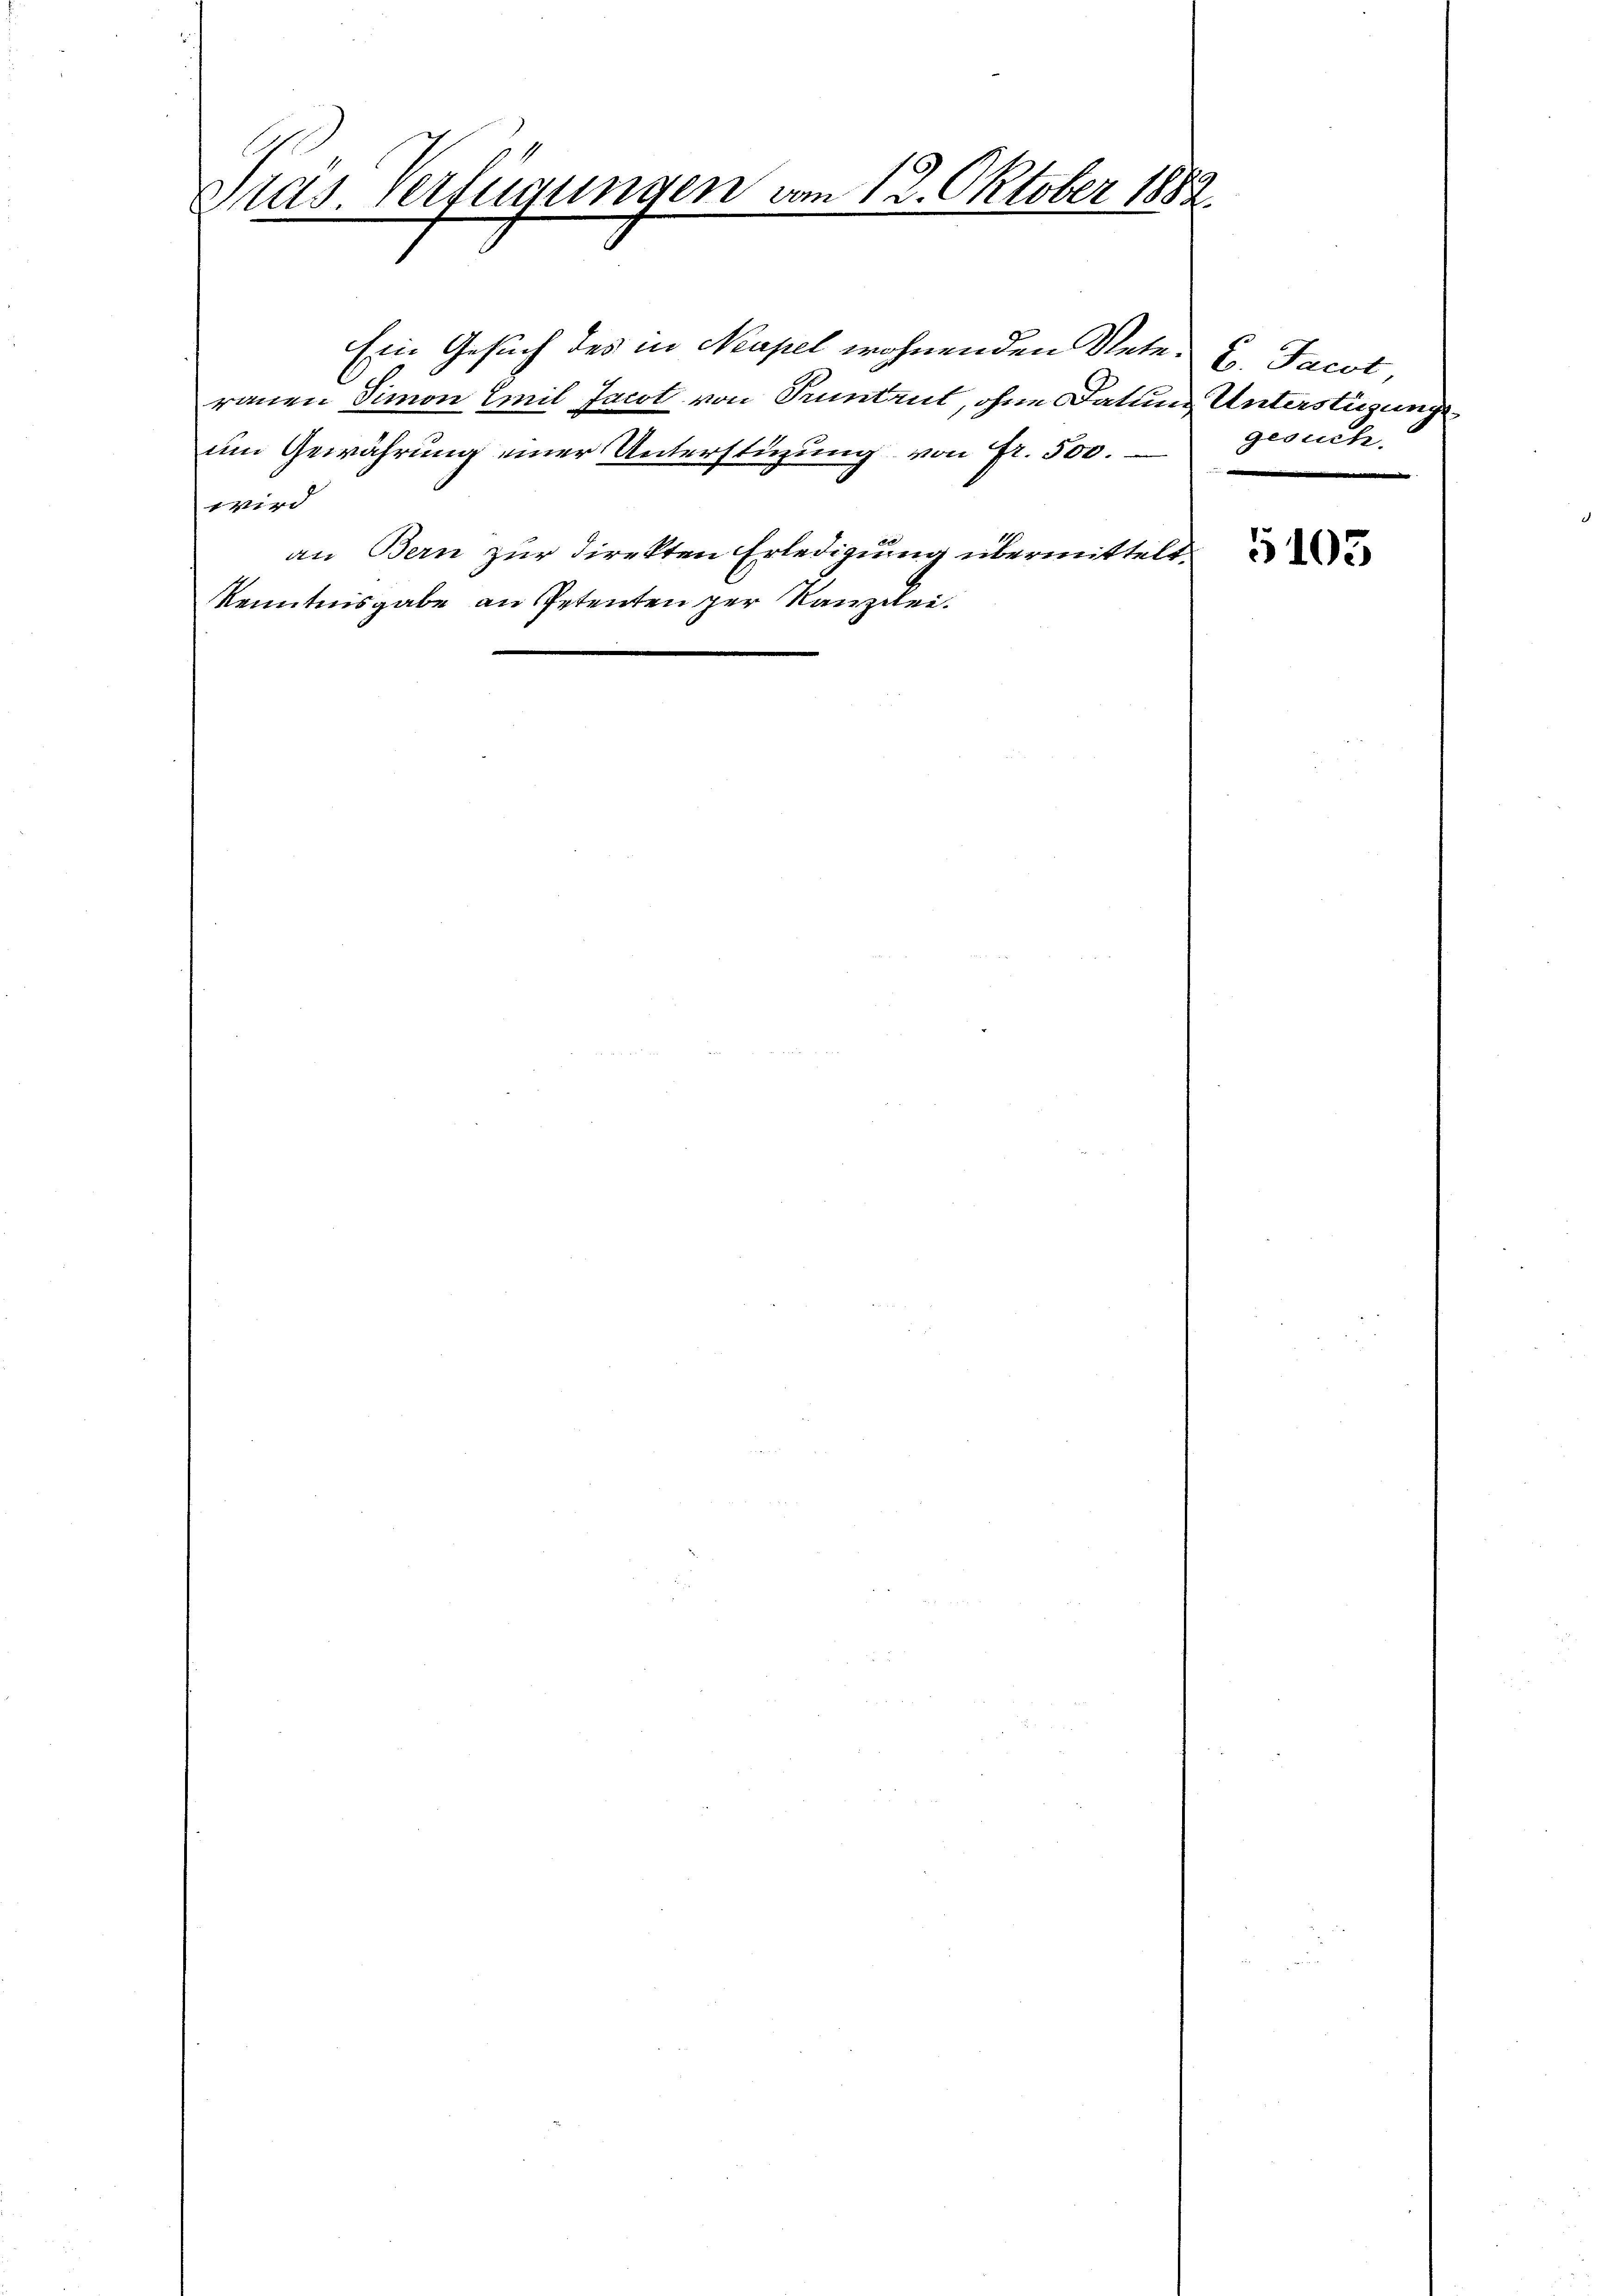
Pras. Verfügungen vom 12. Oktober 1882.

Ein Gesuch des in Mapel wohnenden Nete- u. Jacot,
rauen Simon Emil Jacot von Tuntant, ohne Datum Unterstüzungeum Gewährung einer Unterstüzung von Fr. 500.
wird
an Bern zur Direkten Erledigung übermittelt.
Kenntnisgabe an Petenten per Kanzlei.

gesuch.

5103